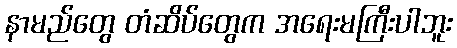
နာမည်တွေ တံဆိပ်တွေက အရေးမကြီးပါဘူး